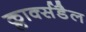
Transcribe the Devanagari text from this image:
क्लार्क्सडैल